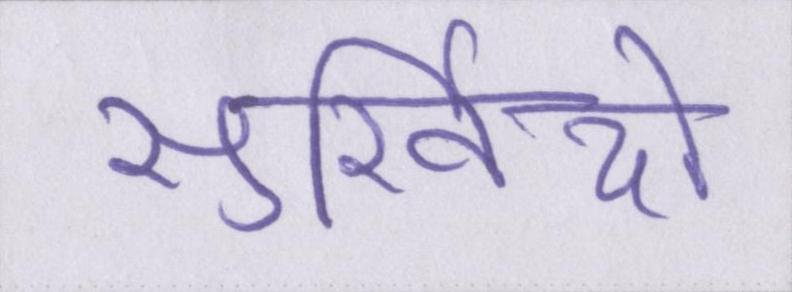
सुर्खियों